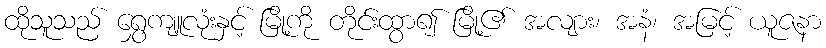
ထိုသူသည် ရွှေကျူလုံးနှင့် မြို့ကို တိုင်းထွာ၍ မြို့၏ အလျား၊ အနံ၊ အမြင့် ယူဇနာ